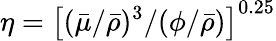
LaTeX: \eta=\left[(\bar{\mu}/\bar{\rho})^{3}/(\phi/\bar{\rho})\right]^{0.25}